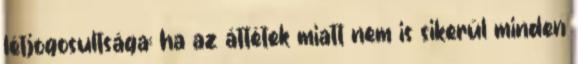
létjogosultsága: ha az áttétek miatt nem is sikerül minden